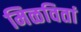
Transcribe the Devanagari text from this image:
मिळवितां